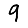
Digit: 9